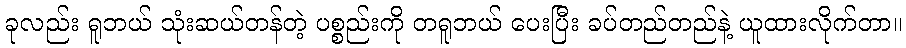
ခုလည်း ရူဘယ် သုံးဆယ်တန်တဲ့ ပစ္စည်းကို တရူဘယ် ပေးပြီး ခပ်တည်တည်နဲ့ ယူထားလိုက်တာ။